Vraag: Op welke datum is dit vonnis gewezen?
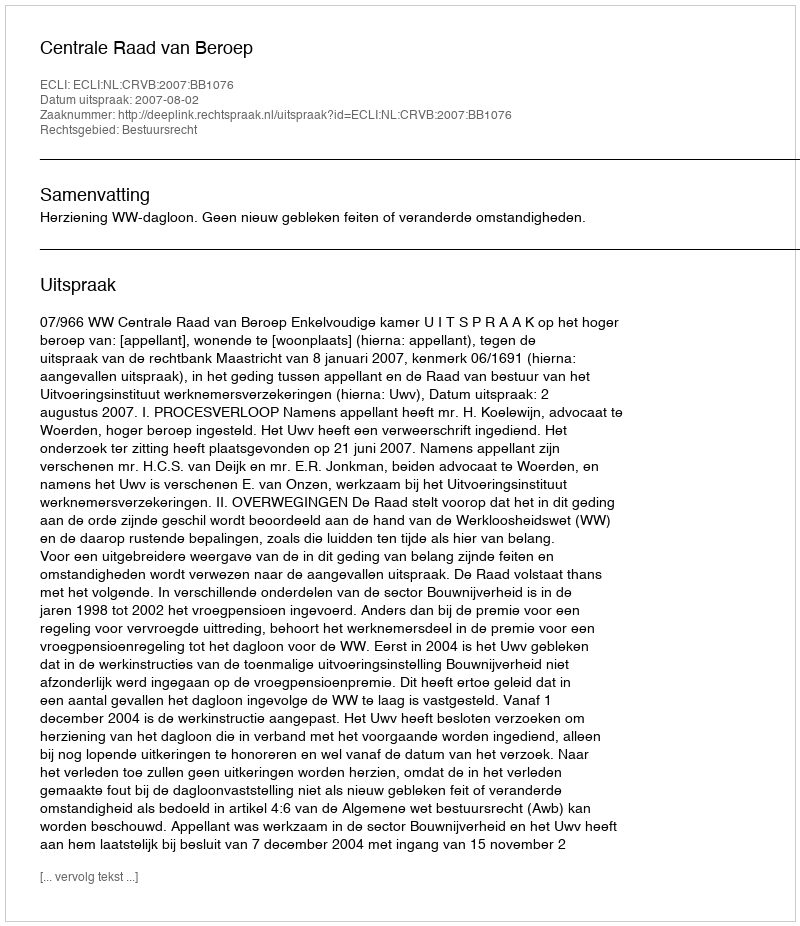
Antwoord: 2007-08-02